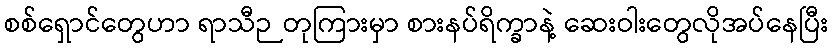
စစ်ရှောင်တွေဟာ ရာသီဉတုကြားမှာ စားနပ်ရိက္ခာနဲ့ ဆေးဝါးတွေလိုအပ်နေပြီး